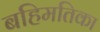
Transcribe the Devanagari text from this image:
बहिमतिका